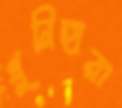
খুনিহারা